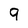
Character: 9